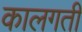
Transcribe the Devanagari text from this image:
कालगती